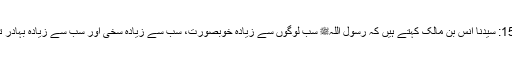
1581: سیدنا انس بن مالکؓ کہتے ہیں کہ رسول اللہﷺ سب لوگوں سے زیادہ خوبصورت، سب سے زیادہ سخی اور سب سے زیادہ بہادر تھے۔